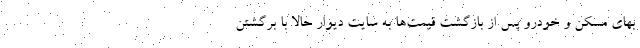
بهای مسکن و خودرو پس از بازگشت قیمت‌ها به سایت دیوار حالا با برگشتن